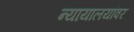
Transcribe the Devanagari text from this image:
न्यायालयांवर